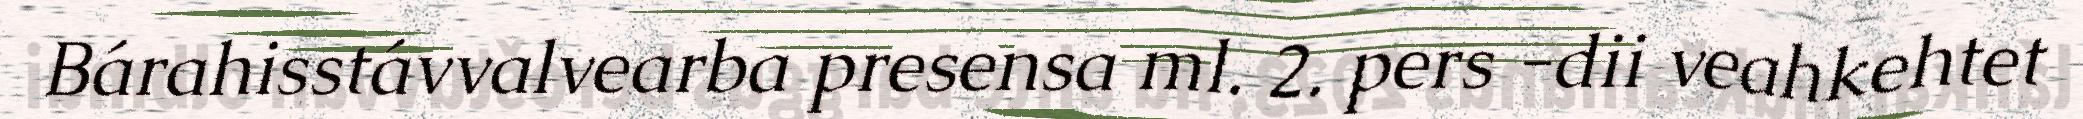
Bárahisstávvalvearba presensa ml. 2. pers -dii veahkehtet